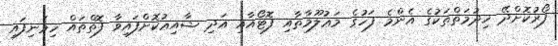
ފޯރުކޮށްދޭ ޚިދުމަތްތަކުގެ އެންމެ ފަހުގެ މަޢުލޫމާތާއި ފޮޓޯއާއި އަދި ޝާއިޢުކޮށްފައިވާ ފޮތްތައް ހިމެނިފައި